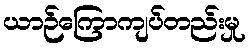
ယာဉ်ကြောကျပ်တည်းမှု